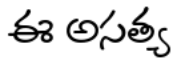
ఈ అసత్య